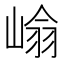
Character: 𭖺